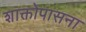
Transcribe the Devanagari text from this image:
शाक्तोपासना